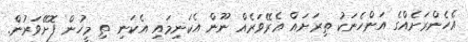
އެހެންރަށެއްގެ އަންހެނަކު ތިރަށައް އެރޭވަރެއް ނޫން އެކަނިމައި އެކަނި ތި މީހުން ފޮށޭވަރުން.